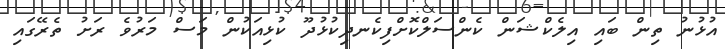
އުޅުނު ތިން ބައި އިލެކްޝަން ކެންސަލްކޮށްފިކެނދިކުޅުދޫ ކުޅިއަކުން މަސް މަރުވެ ރަށު ތެރޭގައި